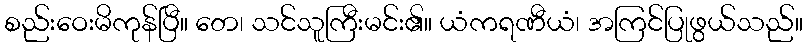
စည်းဝေးမိကုန်ပြီ။ တေ၊ သင်သူကြီးမင်း၏။ ယံကရဏီယံ၊ အကြင်ပြုဖွယ်သည်။